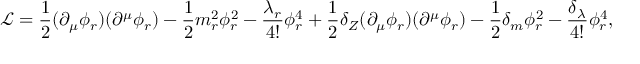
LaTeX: { \mathcal { L } } = { \frac { 1 } { 2 } } ( \partial _ { \mu } \phi _ { r } ) ( \partial ^ { \mu } \phi _ { r } ) - { \frac { 1 } { 2 } } m _ { r } ^ { 2 } \phi _ { r } ^ { 2 } - { \frac { \lambda _ { r } } { 4 ! } } \phi _ { r } ^ { 4 } + { \frac { 1 } { 2 } } \delta _ { Z } ( \partial _ { \mu } \phi _ { r } ) ( \partial ^ { \mu } \phi _ { r } ) - { \frac { 1 } { 2 } } \delta _ { m } \phi _ { r } ^ { 2 } - { \frac { \delta _ { \lambda } } { 4 ! } } \phi _ { r } ^ { 4 } ,